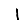
Digit: 1